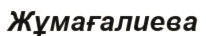
Жұмағалиева